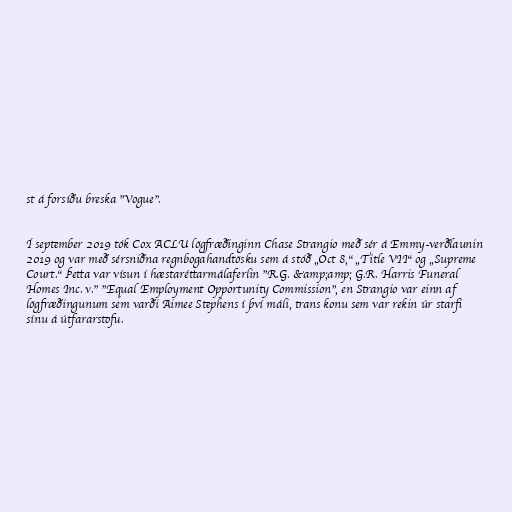
st á forsíðu breska "Vogue".

Í september 2019 tók Cox ACLU lögfræðinginn Chase Strangio með sér á Emmy-verðlaunin
2019 og var með sérsniðna regnbogahandtösku sem á stóð „Oct 8,“ „Title VII“ og „Supreme
Court.“ Þetta var vísun í hæstaréttarmálaferlin "R.G. &amp;amp; G.R. Harris Funeral
Homes Inc. v." "Equal Employment Opportunity Commission", en Strangio var einn af
lögfræðingunum sem varði Aimee Stephens í því máli, trans konu sem var rekin úr starfi
sínu á útfararstofu.